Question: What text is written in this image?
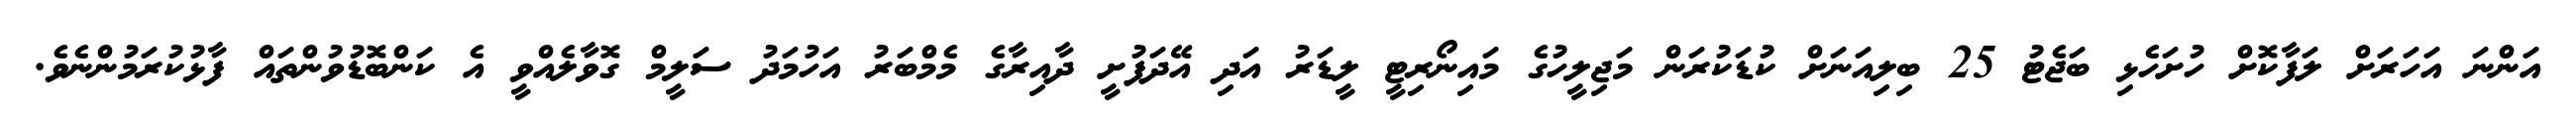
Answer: އަންނަ އަހަރަށް ލަފާކޮށް ހުށަހެޅި ބަޖެޓު 25 ބިލިއަނަށް ކުޑަކުރަން މަޖިލީހުގެ މައިނޯރިޓީ ލީޑަރު އަދި އޭދަފުށީ ދާއިރާގެ މެމްބަރު އަހުމަދު ސަލީމް ގޮވާލެއްވީ އެ ކަންބޮޑުވުންތައް ފާޅުކުރަމުންނެވެ.